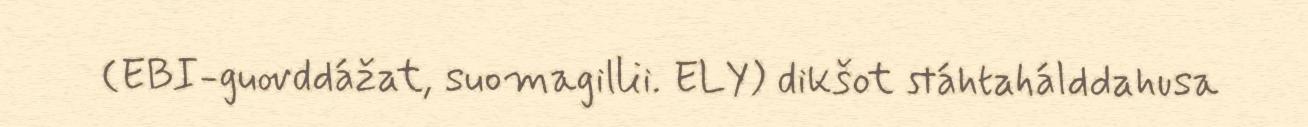
(EBI-guovddážat, suomagillii. ELY) dikšot stáhtahálddahusa